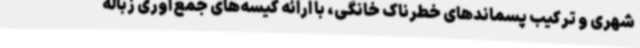
شهری و ترکیب پسماندهای خطرناک خانگی، با ارائه کیسه‌های جمع‌آوری زباله